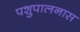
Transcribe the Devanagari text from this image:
पशुपालनास